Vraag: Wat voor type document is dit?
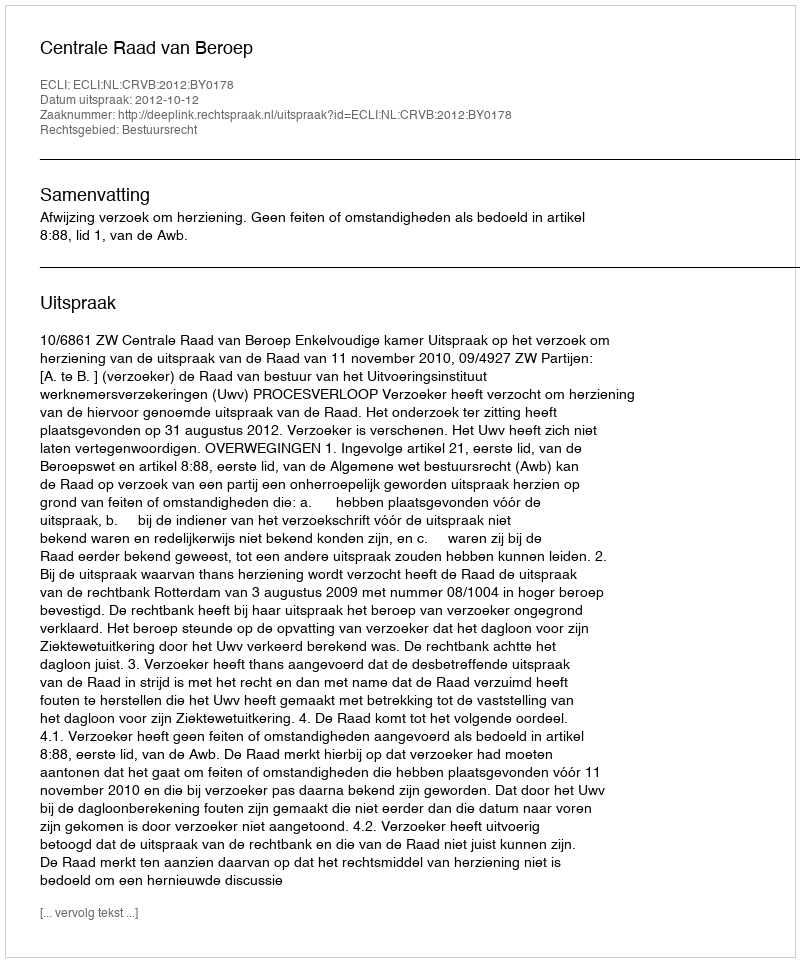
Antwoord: Uitspraak